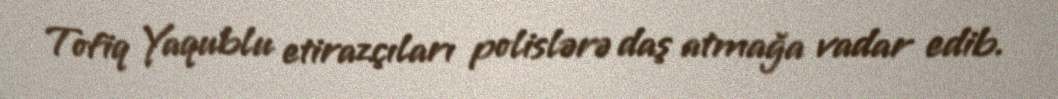
Tofiq Yaqublu etirazçıları polislərə daş atmağa vadar edib.